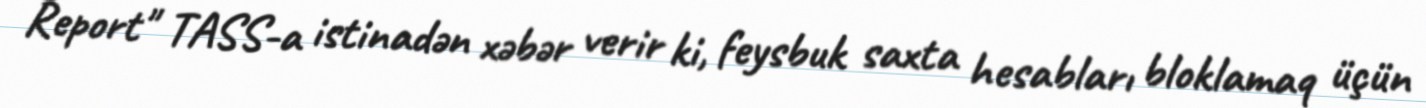
Report" TASS-a istinadən xəbər verir ki, feysbuk saxta hesabları bloklamaq üçün